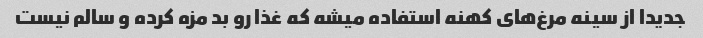
جدیدا از سینه مرغ‌های کهنه استفاده میشه که غذا رو بد مزه کرده و سالم نیست